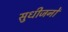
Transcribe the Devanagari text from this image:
सुधीजनों